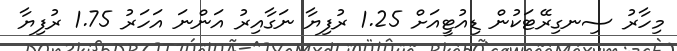
މިހާރު ސިނގިރޭޓަކުން ޑިއުޓީއަށް 1.25 ރުފިޔާ ނަގާއިރު އަންނަ އަހަރު 1.75 ރުފިޔާ